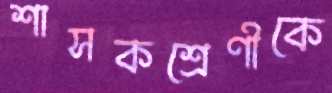
শাসকশ্রেণীকে